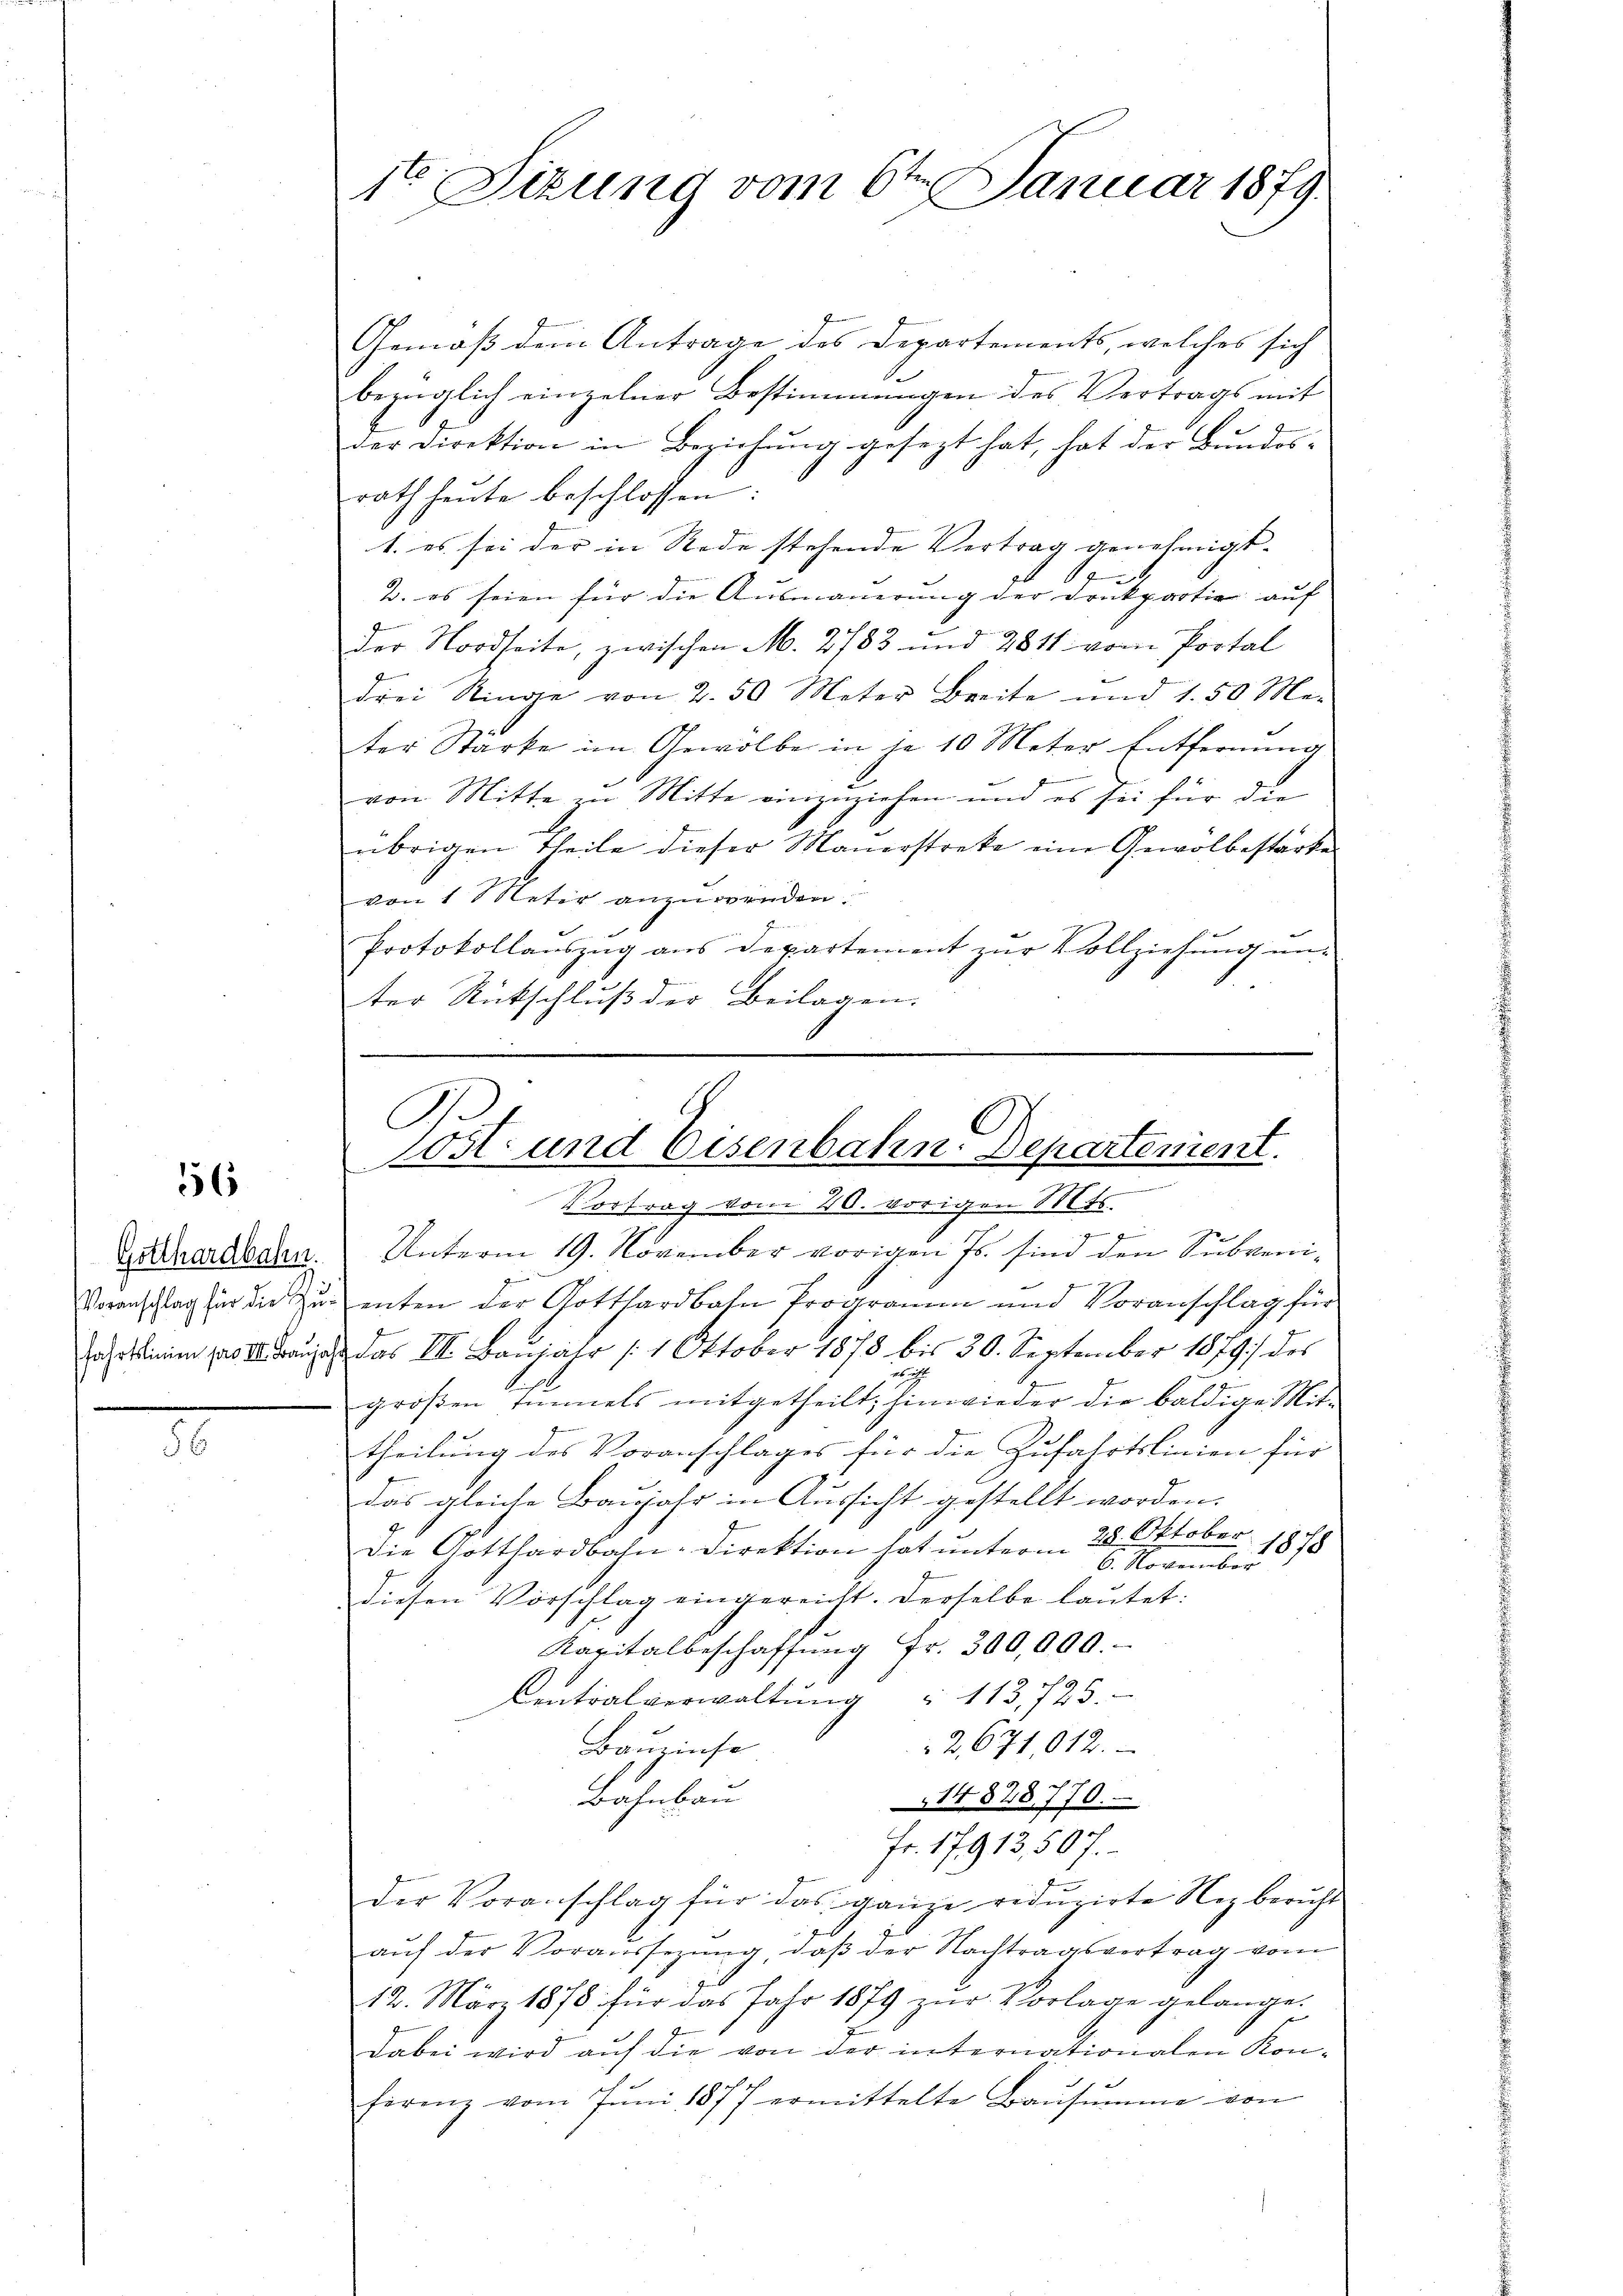
56

Gotthardbahn.
Voranschlag für die Zu
fahrtslinien pro III. Franz

56

6
1. Sizung vom 6ten Januar 1879.

Gemäß dem Antrage des Departements, welches sich
bezüglich einzelner Bestimmungen des Vertrags mit
der Direktion in Beziehung gesezt hat, hat der Bundes-
rath heute beschlossen
1. es sei der in Rede stehende Vertrag genehmigt.
s
2. es seien für die Ausmauerung der Denkpartie auf
Der Nordseite, zwischen M. 2783 und 2811 vom Portal
drei Ringe von 2. 50 Meter Breite und 1.50 Me-
Der Stärke im Gewölbe in je 10 Meter Entfernung
b
von Mitte zu Mitte einzuziehen und es sei für die
übrigen Theile dieser Mauerstreke eine Gewolbestärke
von 1 Meter anzuwenden.
Protokollauszug aus Departement zur Vollziehung unter Rückschluß der Beilagen.
e

B
C
ost- und Eisenbahn. Departement.
n
Vortrag vom 20. vorigen Mts.

Unterm 19. November vorigen Js. sind den Subvenienten der Gotthardbahn Programm und Voranschlag für
das III. Baŭjahr (:1 Oktober 1878 bis 30. September 1879 des
1.
großen Immels mitgetheilt, hinwieder die baldige Mit-
theilung des Voranschlages für die Zufahrtslinien für
Das gleiche Baujahr in Aussicht gestellt worden.
Die Gotthardbahn-Direktion hat unterm 28. Oktober 1878
6. November
diesen Vorschlag eingereicht. Derselbe lautet:
Kapitalbeschaffŭng Fr. 300,000.
Centralverwaltung " 113,723.
2,671012.
Bauzinse
Bahnbau
14828770.
Fr. 17913, 507.
.
der Voranschlag für das ganze reduzirte Nezbericht
aŭf der Voraussezung, daβ der Nachtragsvertrag vom
12. März 1878 für das Jahr 1879 zŭr Vorlage gelange.
Dabei wird auf die von der internationalen Kon-
firez vom Jŭni 1877 ermittelte Baŭsŭmme von